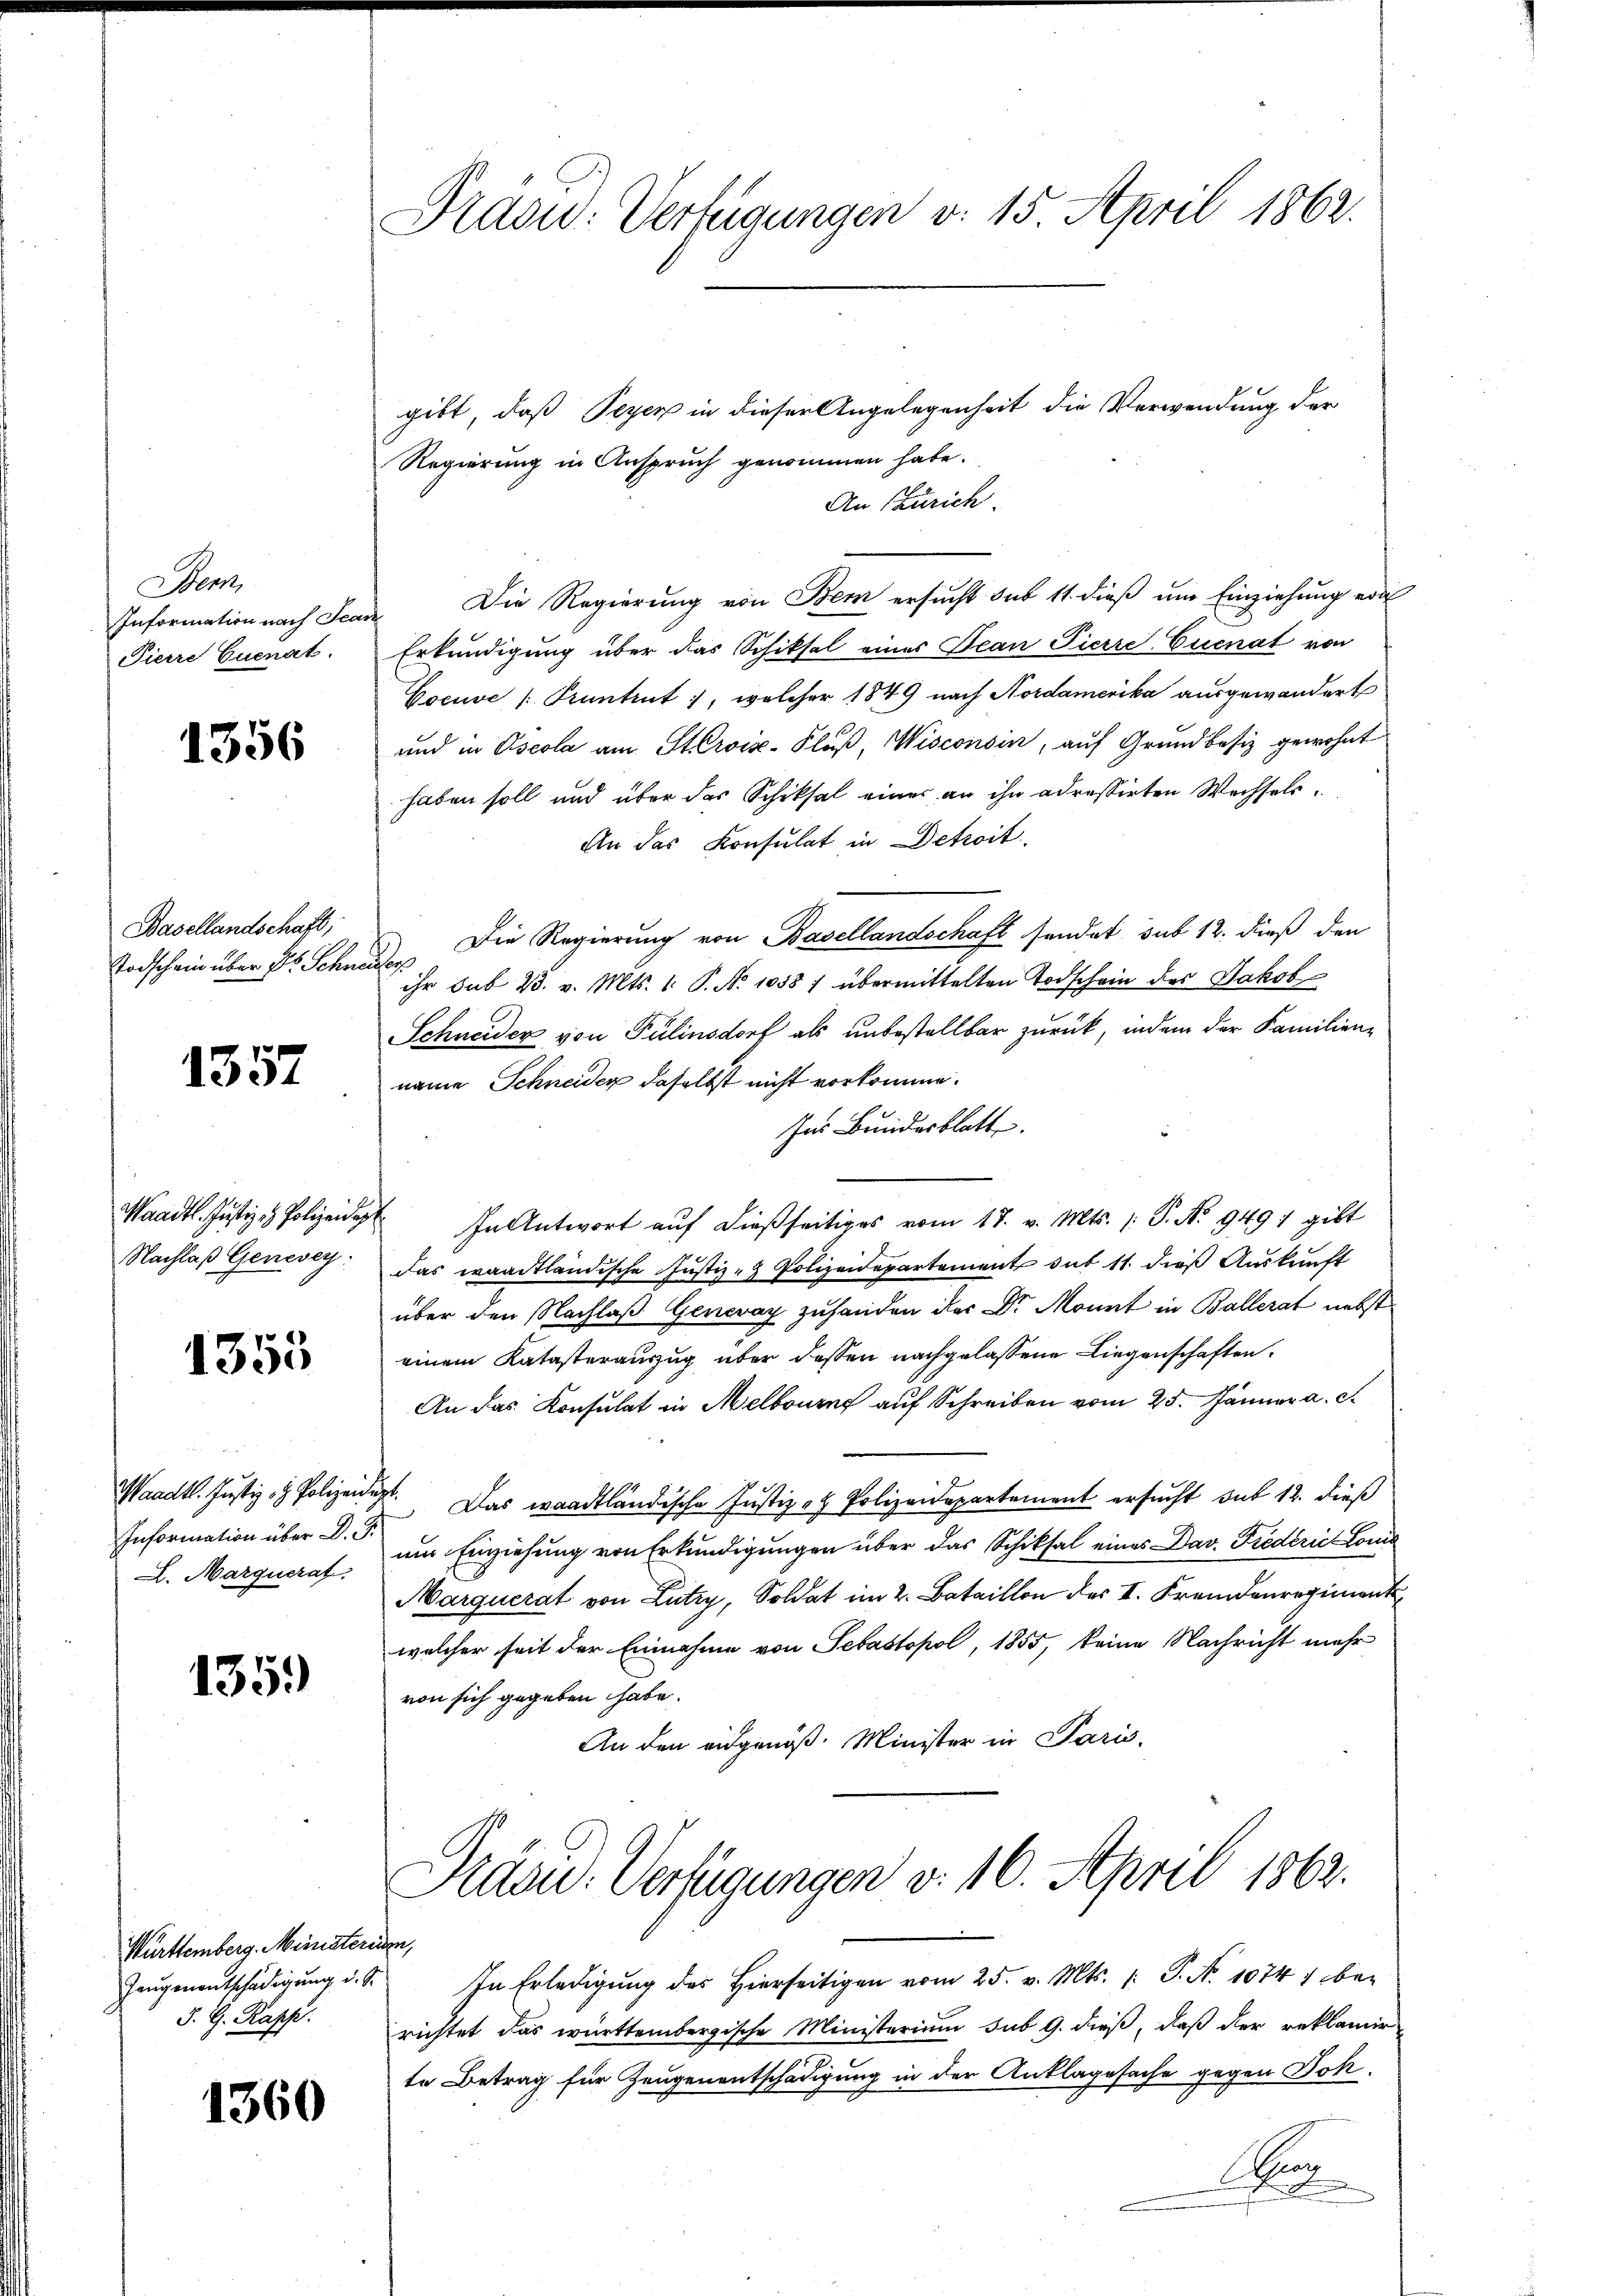
Werk
Information nach Scar
Pierre Cuenat.

1356

Basellandschaft;
Todschein über des Schne

1357

Waadt. Justiz- & Polizeidig
Nachlaß Genevey:

1355

Waadt. Justiz- & Polizei.
Information über d. 3.
L. Marquerat

135.)

Württemberg. Ministerium,
S. G. Kasp.

1360

Prad: Verfügungen v. 15. April 1862.

gibt, daß Peyer in dieser Angelegenheit die Verwendung der
Regierung in Anspruch genommen habe.
An Zürich.
Die Regierung von Bem ersucht sub 11. dieß um Einziehung ein
Erkundigung über das Schiksal einer Jean Pierre Euenat von
Cocuve /Pruntrut, welcher 1849 nach Nordamerika ausgewandert
und in Oscola am Servix-Fluß, Wisconsin, auf Grundbesiz gewohnt
haben soll und über das Schiksal eines an ihn adressirten Wechsels¬
An das Konsulat in Detroit.
) Die Regierung von Basellandschaft sendet sub 12. dieß den
ihr sub 23. v. Mts. 1. P. Nr. 1058 / übermittelten Todschein des Jakob
Schneider von Pulinsdorf als unbestellbar zurück, indem der Familienname Schneiden daselbst nicht vorkomme.
Ins Bundesblatt
 In Antwort auf dießseitiges vom 18. v. Mts. (: P. No 949) gibt
Das waadtländische Justiz- & Polizeidepartement dit 11. dieß Auskunft
über den Nachlaβ Gener zu handen der Dr. Mont in Ballera nebst
einem Katasterauszug über dassen nachgelassene Liegenschaften.
An das Konsulat in Melbourg auf Schreiben vom 25. Jänner a. c.
 Das waadtländische Justiz - Polizeidepartement ersucht sub 12. dieß
um Einziehung von Erkundigungen über das Schiksal eines Dav. Friederie Lonia
Marquerat von Lutry, Soldat im 2. Bataillon des II. Fremdenregimentswelcher seit der Einnahme von Sebastopol, 1855, keine Nachricht mehr
von sich gegeben habe.
An den eidgenöß. Minister in Paris,
Prard-Verfügungen v. 16. April 1862.
Zeŭgenentschädigŭng d. S. In Erledigŭng des hierseitigen vom 25. v. Mts. /: P. Nr. 10741 bei
richtet das württembergische Ministerium sub 9. dieß, daß der reklamir
te Betrag für Zeugenentschädigung in der Anklagesache gegen Joh.
Mar
e